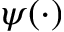
\psi ( \cdot )